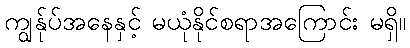
ကျွန်ုပ်အနေနှင့် မယုံနိုင်စရာအကြောင်း မရှိ။